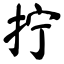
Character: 拧